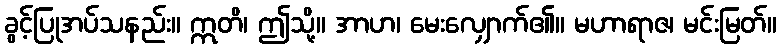
ခွင့်ပြုအပ်သနည်း။ ဣတိ၊ ဤသို့။ အာဟ၊ မေးလျှောက်၏။ မဟာရာဇ၊ မင်းမြတ်။